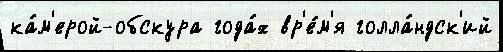
ка́м'ерой-обскура года́х вр'е́м'я голла́ндск'ий